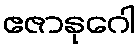
ဧဇာနုဂေါ